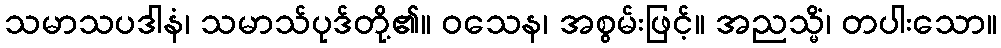
သမာသပဒါနံ၊ သမာသ်ပုဒ်တို့၏။ ဝသေန၊ အစွမ်းဖြင့်။ အညသ္မိံ၊ တပါးသော။